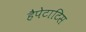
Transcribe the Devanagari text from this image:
हैपेटाटिस